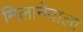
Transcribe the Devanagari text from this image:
मिलानेवाला